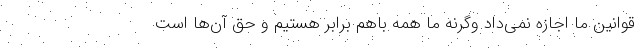
قوانین ما اجازه نمی‌داد وگرنه ما همه باهم برابر هستیم و حق آن‌ها است